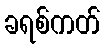
ခရစ်ကတ်